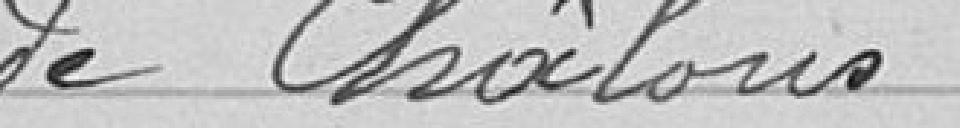
de Châlons